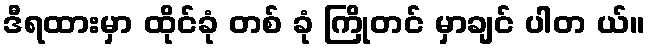
ဒီရထားမှာ ထိုင်ခုံ တစ် ခုံ ကြိုတင် မှာချင် ပါတ ယ်။